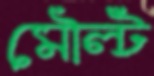
মৌল্ট